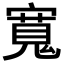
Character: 𡪨